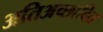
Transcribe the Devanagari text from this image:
अतिअच्छादित